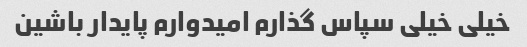
خیلی خیلی سپاس گذارم امیدوارم پایدار باشین